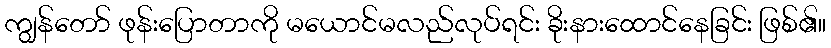
ကျွန်တော် ဖုန်းပြောတာကို မယောင်မလည်လုပ်ရင်း ခိုးနားထောင်နေခြင်း ဖြစ်၏။